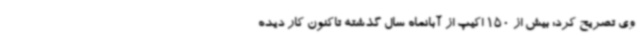
وی تصریح کرد: بیش از 150 اکیپ از آبانماه سال گذشته تاکنون کار دیده